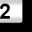
Digit: 2